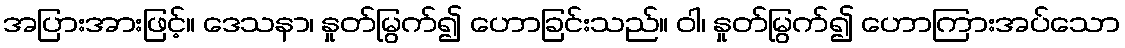
အပြားအားဖြင့်။ ဒေသနာ၊ နှုတ်မြွက်၍ ဟောခြင်းသည်။ ဝါ၊ နှုတ်မြွက်၍ ဟောကြားအပ်သော